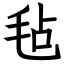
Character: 毡